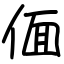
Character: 偭